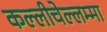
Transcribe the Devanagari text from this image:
कल्लीचेल्लम्मा